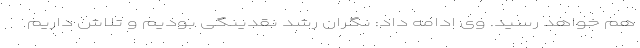
هم خواهد رسید. وی ادامه داد: نگران رشد نقدینگی بودیم و تلاش داریم